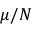
\mu / N